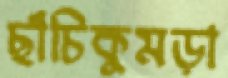
ছাঁচিকুমড়া